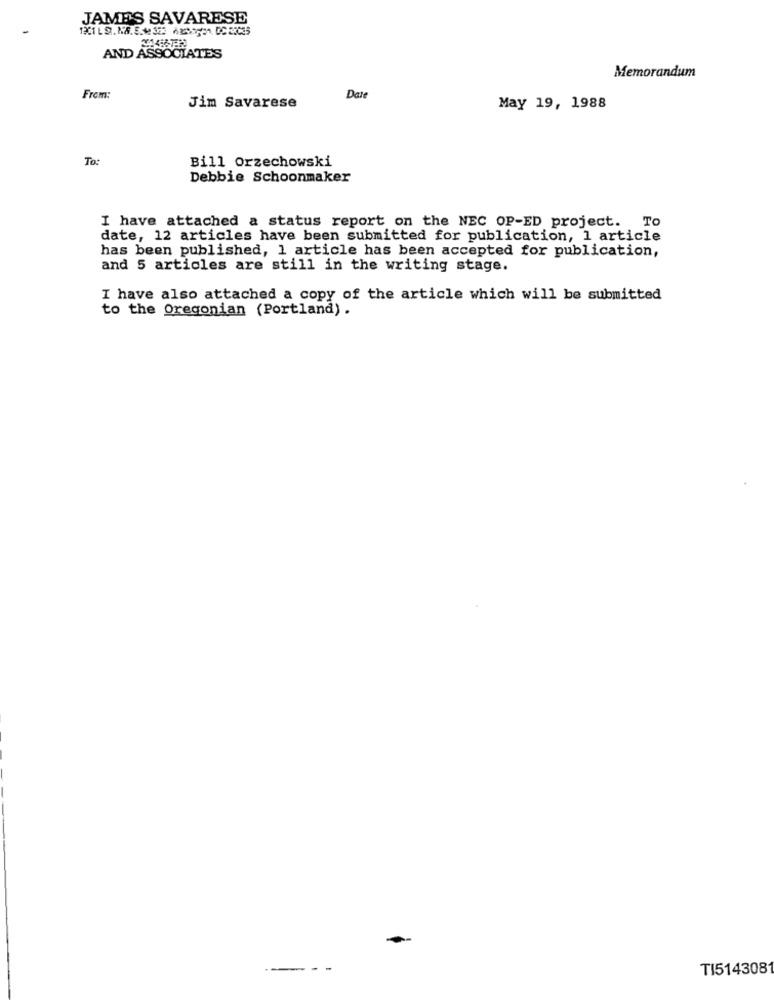
JAMES SAVARESE
AND ASSOCIATES
Memorandum
From:
Date
Jim Savarese
May 19, 1988
To:
Bill Orzechowski
Debbie Schoonmaker
I have attached a status report on the NEC OP-ED project. To
date, 12 articles have been submitted for publication, 1 article
has been published, 1 article has been accepted for publication,
and 5 articles are still in the writing stage.
I have also attached a copy of the article which will be submitted
to the Oregonian (Portland) .
. -
TI5143081